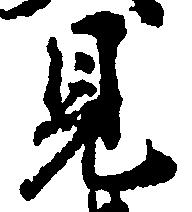
見